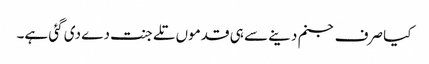
کیا صرف جنم دینے سے ہی قدموں تلے جنت دے دی گئی ہے۔